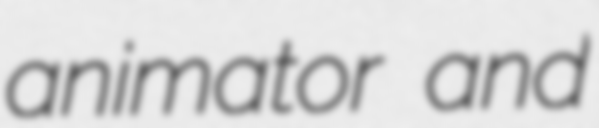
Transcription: animator and